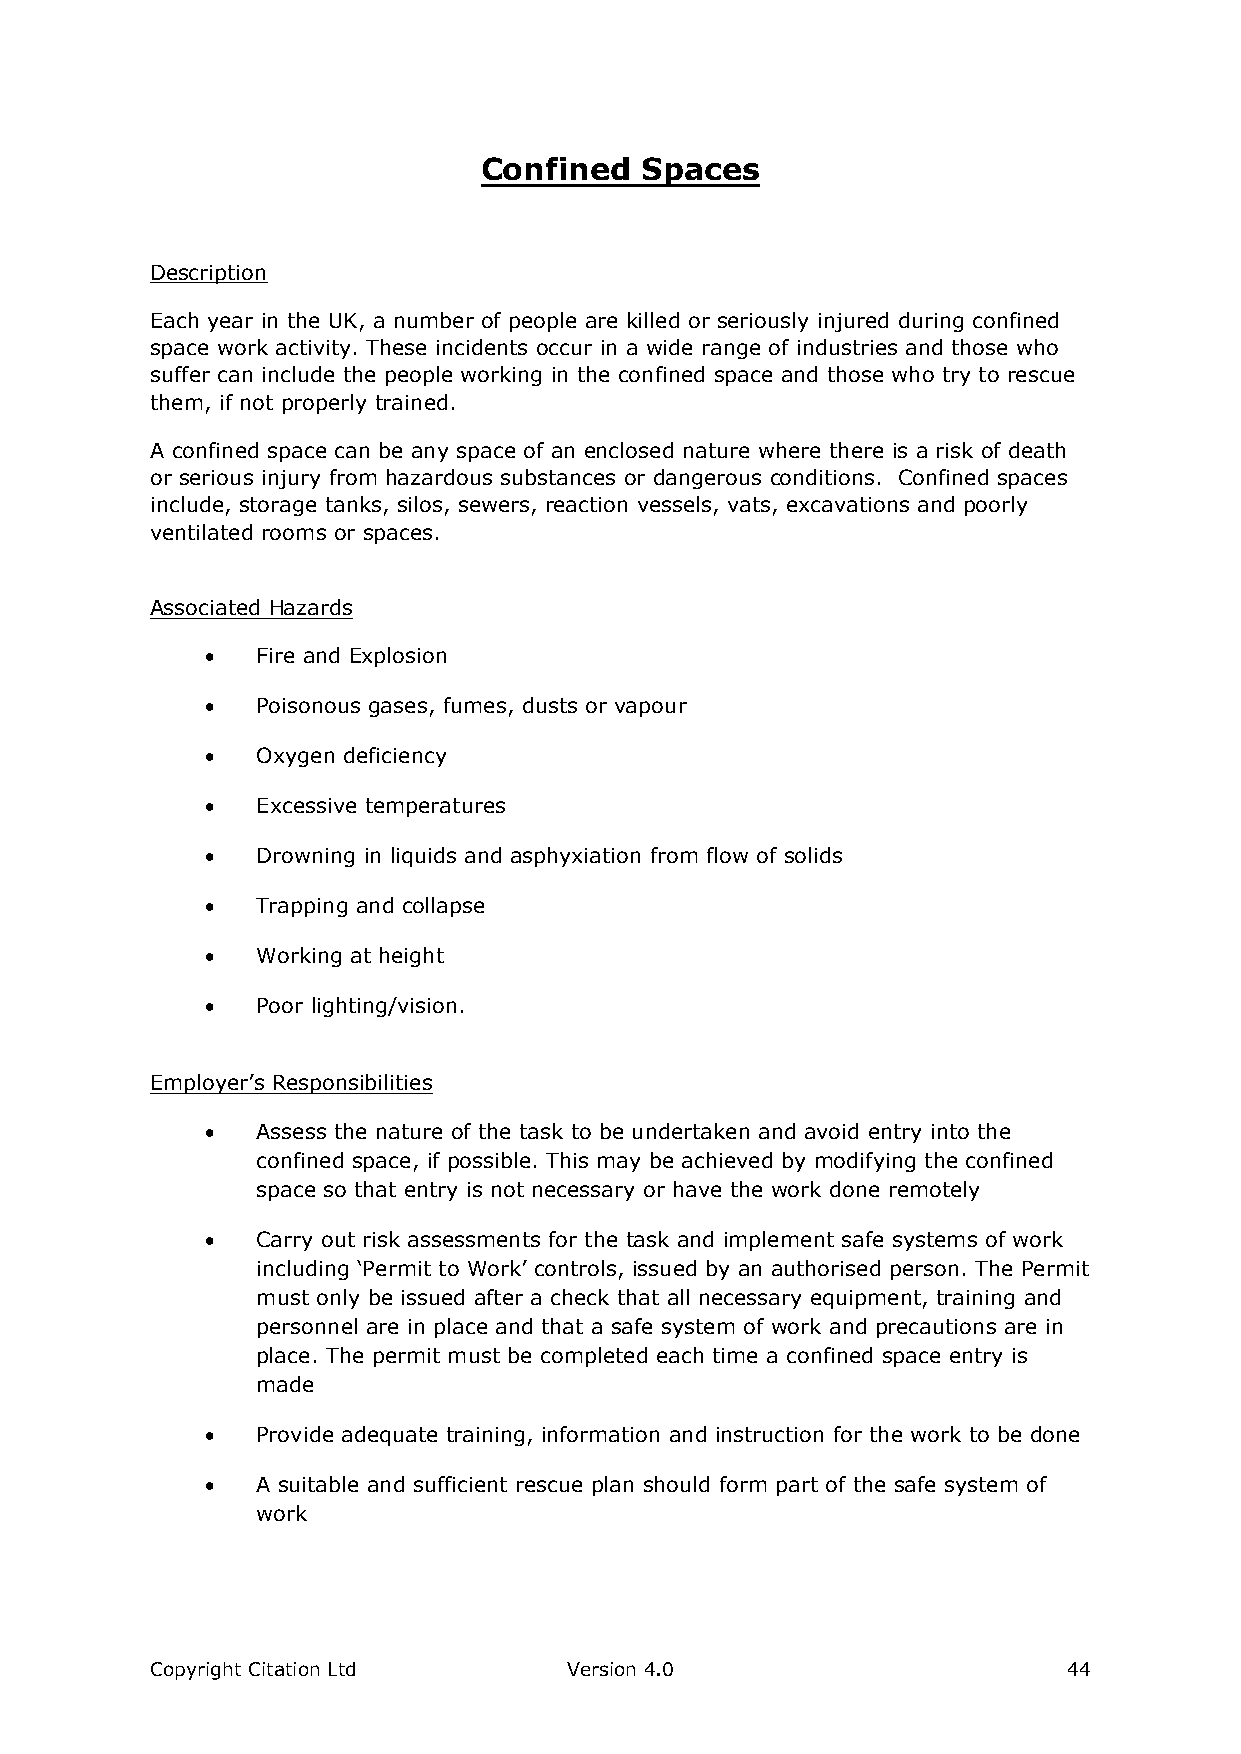
Confined  Spaces
 Description
 Each year in the UK, a number of people are killed or seriously injured during confined
 space work activity. These incidents occur in a wide range of industries and those who
 suffer can include the people working in the confined space and those who try to rescue
 them, if not properly trained.
 A confined space can be any space of an enclosed nature where there is a risk of death
 or serious injury from hazardous substances or dangerous conditions. Confined spaces
 include, storage tanks, silos, sewers, reaction vessels, vats, excavations and poorly
 ventilated rooms or spaces.
 Associated Hazards
   Fire and Explosion
   Poisonous gases, fumes, dusts or vapour
   Oxygen deficiency
   Excessive temperatures
   Drowning in liquids and asphyxiation from flow of solids
   Trapping and collapse
   Working at height
   Poor lighting/vision.
 Employer’s Responsibilities
   Assess the nature of the task to be undertaken and avoid entry into the
 confined space, if possible. This may be achieved by modifying the confined
 space so that entry is not necessary or have the work done remotely
   Carry out risk assessments for the task and implement safe systems of work
 including ‘Permit to Work’ controls, issued by an authorised person. The Permit
 must only be issued after a check that all necessary equipment, training and
 personnel are in place and that a safe system of work and precautions are in
 place. The permit must be completed each time a confined space entry is
 made
   Provide adequate training, information and instruction for the work to be done
   A suitable and sufficient rescue plan should form part of the safe system of
 work
 Copyright Citation Ltd      Version 4.0                      44